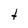
Character: t